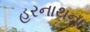
હરનાથના